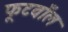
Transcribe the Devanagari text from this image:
फूटवाँल